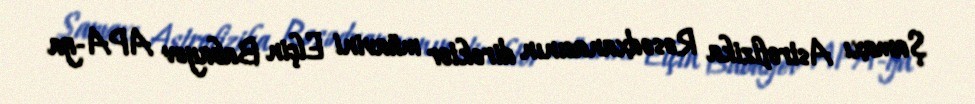
Şamaxı Astrofizika Rəsədxanasının direktor müavini Elçin Babayev APA-ya